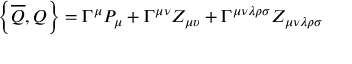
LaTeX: \left\{ \overline { { { Q } } } , Q \right\} = \Gamma ^ { \mu } P _ { \mu } + \Gamma ^ { \mu \nu } Z _ { \mu \upsilon } + \Gamma ^ { \mu \nu \lambda \rho \sigma } Z _ { \mu \nu \lambda \rho \sigma }